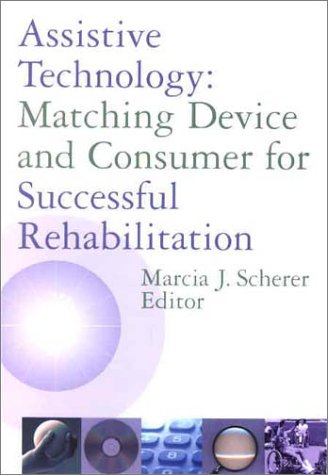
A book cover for Assistive Technology: Matching Device and Consumer for Successful Rehabilitation; Medical Books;